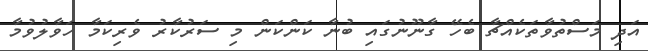
އަދި މަސްތުވާތަކެއްޗާ ބެހޭ ގާނޫނުގައި ބުނާ ކަންކަން މި ސަރުކާރު ވެރިކަމާ ހަވާލުވުމާ